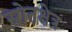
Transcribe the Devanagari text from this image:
स्रोतक्षेत्र